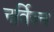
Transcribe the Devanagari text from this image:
नर्विज्न